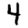
Digit: 4